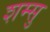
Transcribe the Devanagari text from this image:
शम्सु